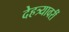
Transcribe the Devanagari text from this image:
देहत्र्यावरीं